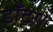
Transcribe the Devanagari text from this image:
डाँटा।